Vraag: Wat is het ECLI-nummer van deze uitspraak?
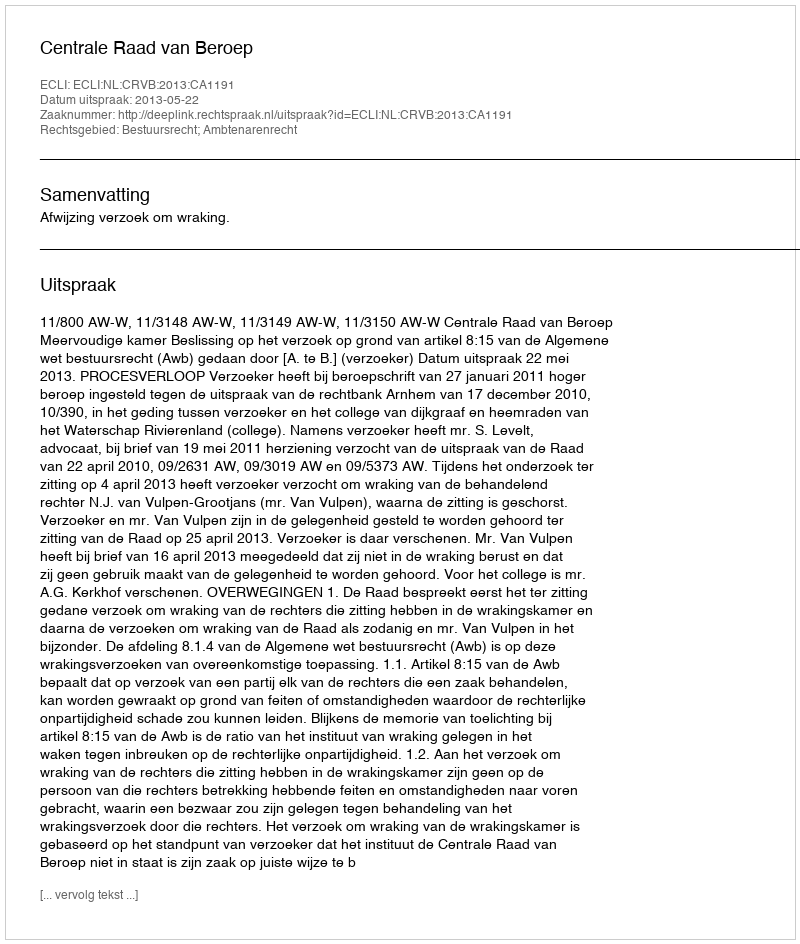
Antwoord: ECLI:NL:CRVB:2013:CA1191